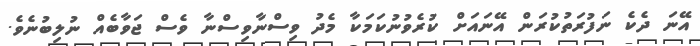
އޭނަ ދެކެ ނަފުރަތުކުރަން އޭނައަށް ކުރެވުނުކަމަކާ މެދު ވިސްނާވިސްނާ ވެސް ޖަވާބެއް ނުލިބުނެވެ.